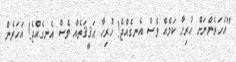
"އަހަރެންނަށް ހުރިހާ ކަމެއް ވެސް އެނގެއްޖެ! ހުރިހާ ޙަޤީޤަތެއް ވެސް އެނގެއްޖެ! އަހަރެން